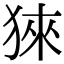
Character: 猍